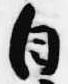
自